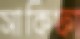
সাকিফা